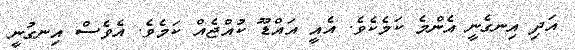
އަދި އިނގެނީީ އެންމެ ކަމެކެވެ. އެއީ އައްޑޫ ކުއްޖެއް ކަމެވެ. އެވެސް އިނގުނީ